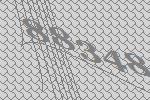
88348